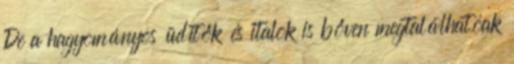
De a hagyományos üdítők és italok is bőven megtalálhatóak